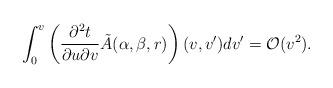
LaTeX: \begin{align*} \int_0^v\left(\frac{\partial^2t}{\partial u\partial v}\tilde{A}(\alpha,\beta,r)\right)(v,v')dv'=\mathcal{O}(v^2).\end{align*}